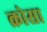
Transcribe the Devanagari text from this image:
क्रोसा